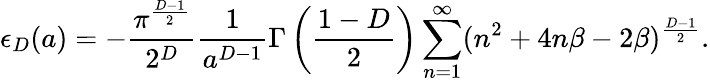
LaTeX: \epsilon_{D}(a)=-\frac{\pi^{\frac{D-1}{2}}}{2^{D}}\frac{1}{a^{D-1}}\Gamma\left(\frac{1-D}{2}\right)\sum_{n=1}^{\infty}(n^{2}+4n\beta-2\beta)^{\frac{D-1}{2}}.